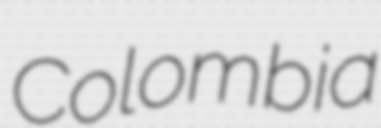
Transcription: Colombia